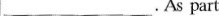
___.As part